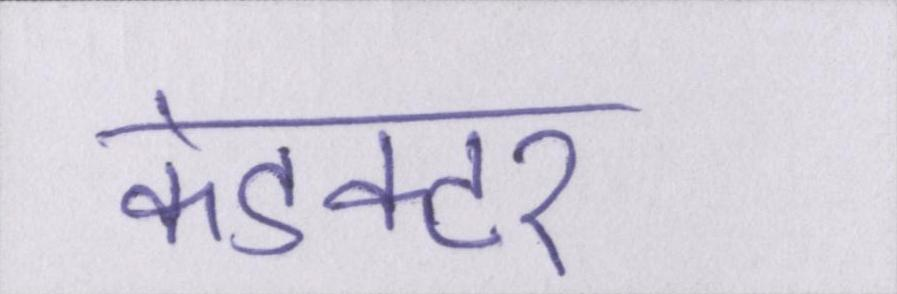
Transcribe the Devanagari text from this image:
कंडक्टर